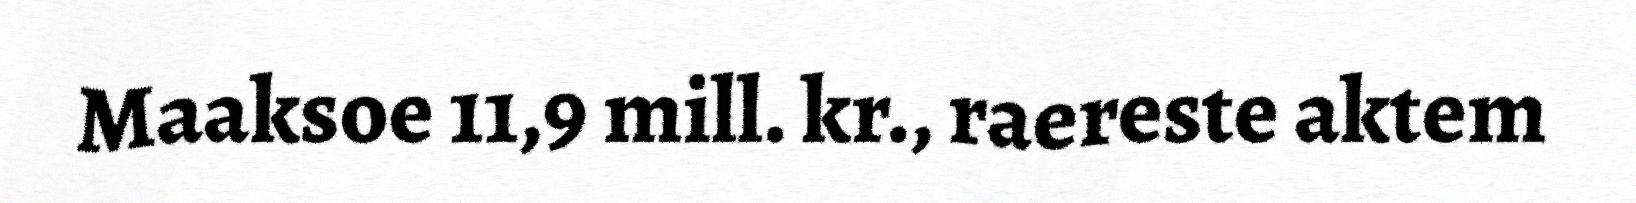
Maaksoe 11,9 mill. kr., raereste aktem